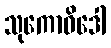
သုကောဝိဒေါ